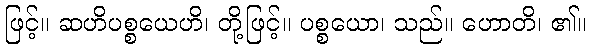
ဖြင့်။ ဆဟိပစ္စယေဟိ၊ တို့ဖြင့်။ ပစ္စယော၊ သည်။ ဟောတိ၊ ၏။